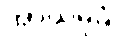
အာယမုခံ